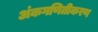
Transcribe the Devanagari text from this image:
अंकगणितीकरण